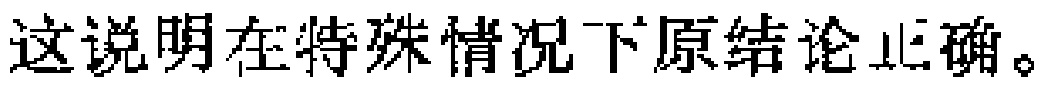
这说明在特殊情况下原结论正确。